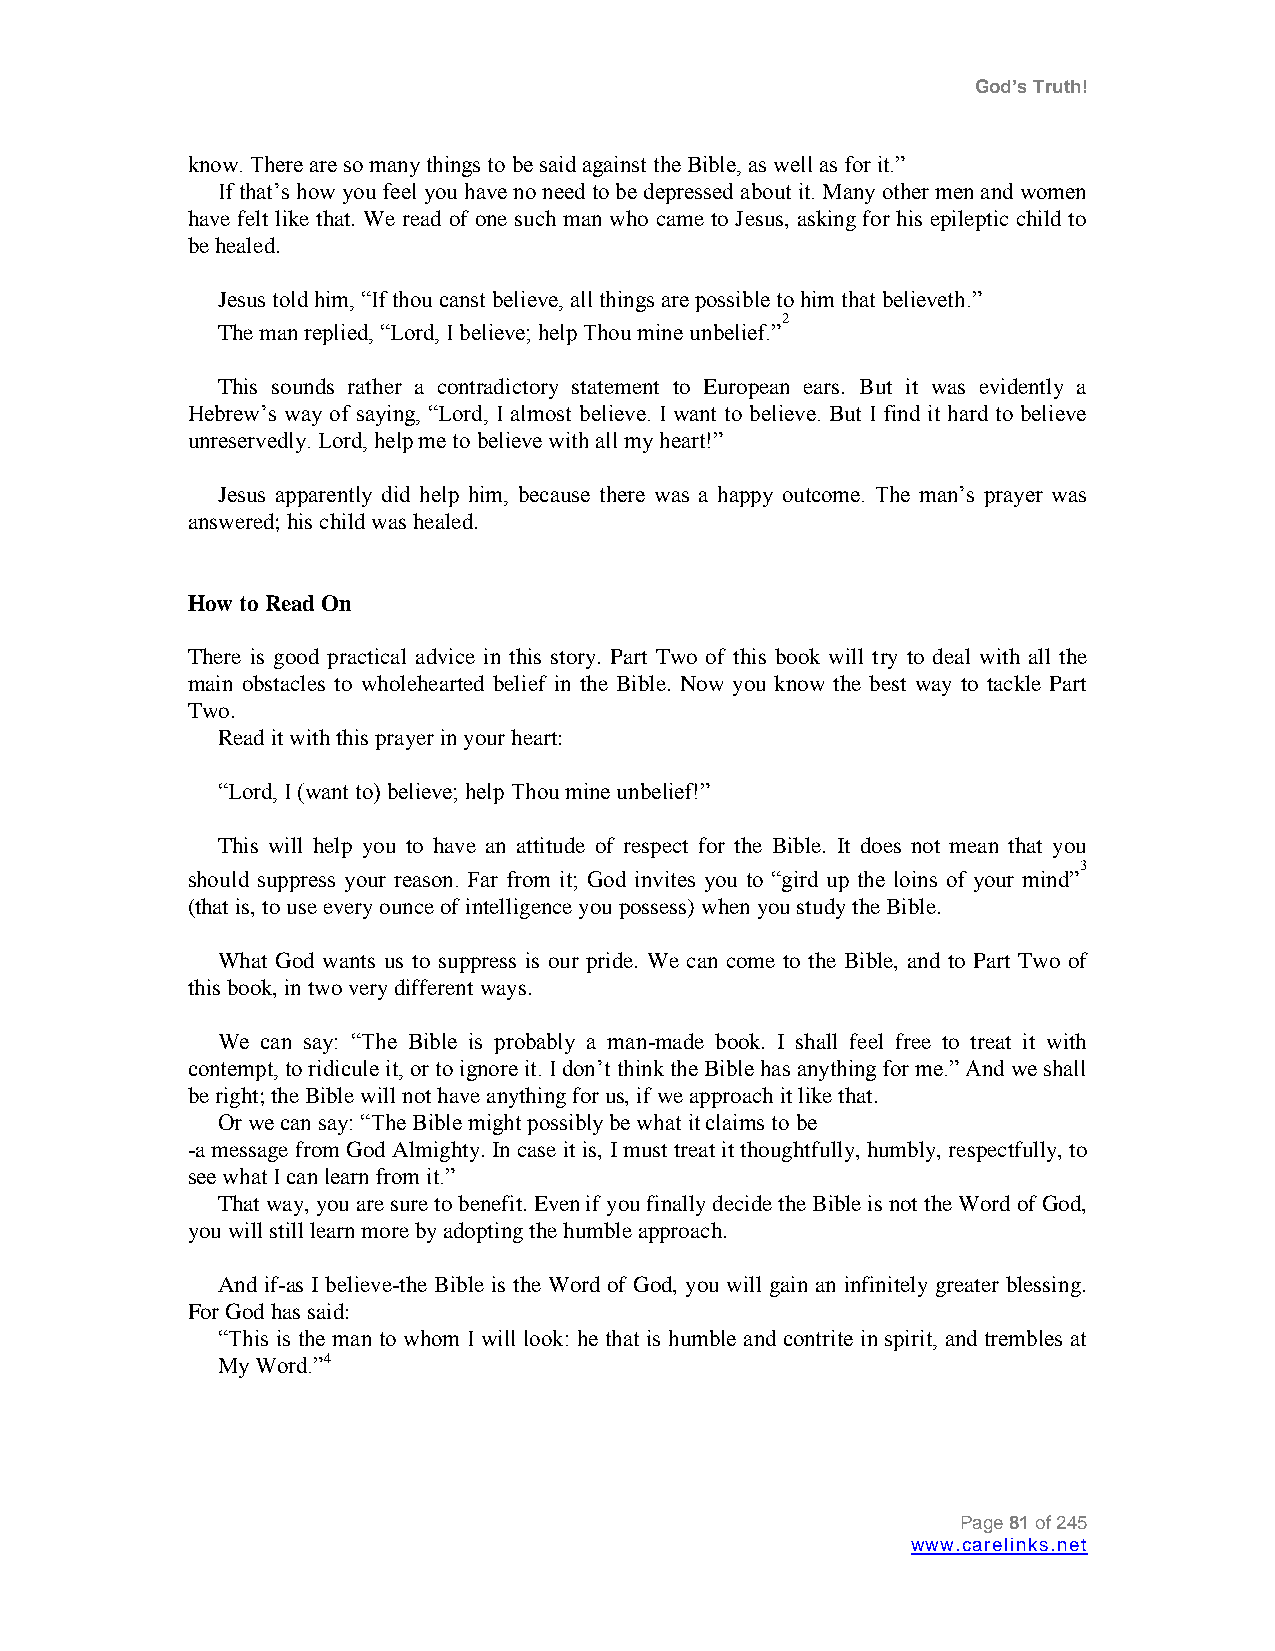
God’s Truth!
 know. There are so many things to be said against the Bible, as well as for it.”
 If that‟s how you feel you have no need to be depressed about it. Many other men and women
 have felt like that. We read of one such man who came to Jesus, asking for his epileptic child to
 be healed.
 Jesus told him, “If thou canst believe, all things are possible to him that believeth.”
 2
 The man replied, “Lord, I believe; help Thou mine unbelief.”
 This sounds rather a contradictory statement to European ears. But it was evidently a
 Hebrew‟s way of saying, “Lord, I almost believe. I want to believe. But I find it hard to believe
 unreservedly. Lord, help me to believe with all my heart!”
 Jesus apparently did help him, because there was a happy outcome. The man‟s prayer was
 answered; his child was healed.
 How to Read On
 There is good practical advice in this story. Part Two of this book will try to deal with all the
 main obstacles to wholehearted belief in the Bible. Now you know the best way to tackle Part
 Two.
 Read it with this prayer in your heart:
 “Lord, I (want to) believe; help Thou mine unbelief!”
 This will help you to have an attitude of respect for the Bible. It does not mean that you
 should suppress your reason. Far from it; God invites you to “gird up the loins of your
 mind”3
 (that is, to use every ounce of intelligence you possess) when you study the Bible.
 What God wants us to suppress is our pride. We can come to the Bible, and to Part Two of
 this book, in two very different ways.
 We can say: “The Bible is probably a man-made book. I shall feel free to treat it with
 contempt, to ridicule it, or to ignore it. I don‟t think the Bible has anything for me.” And we shall
 be right; the Bible will not have anything for us, if we approach it like that.
 Or we can say: “The Bible might possibly be what it claims to be
 -a message from God Almighty. In case it is, I must treat it thoughtfully, humbly, respectfully, to
 see what I can learn from it.”
 That way, you are sure to benefit. Even if you finally decide the Bible is not the Word of God,
 you will still learn more by adopting the humble approach.
 And if-as I believe-the Bible is the Word of God, you will gain an infinitely greater blessing.
 For God has said:
 “This is the man to whom I will look: he that is humble and contrite in spirit, and trembles at
 My Word.”4
 Page 81 of 245
 www.carelinks.net